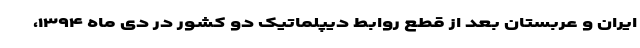
ایران و عربستان بعد از قطع روابط دیپلماتیک دو کشور در دی ماه ۱۳۹۴،